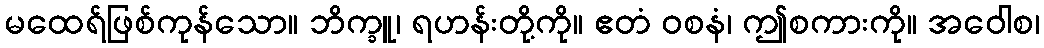
မထေရ်ဖြစ်ကုန်သော။ ဘိက္ခူ၊ ရဟန်းတို့ကို။ ဧတံ ဝစနံ၊ ဤစကားကို။ အဝေါစ၊